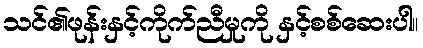
သင်၏ဖုန်းနှင့်ကိုက်ညီမှုကို နှင့်စစ်ဆေးပါ။